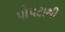
પોપટાથી